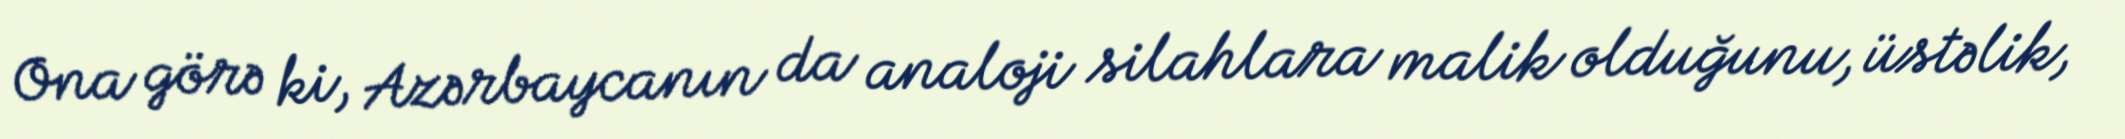
Ona görə ki, Azərbaycanın da analoji silahlara malik olduğunu, üstəlik,